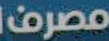
مصرف